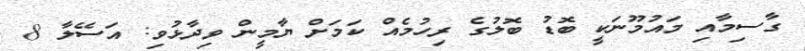
ގާސިމާއި މައުމޫނަކީ ބޮޑު ބޮލުގެ ރިހުމެއް ކަމަށް ޔާމީން ވިދާޅުވި: އަސޭލާ 8